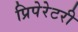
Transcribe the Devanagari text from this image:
प्रिपेरेटरी